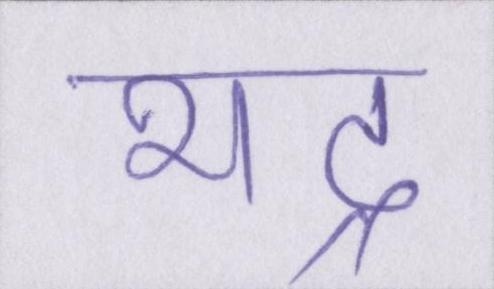
भद्र